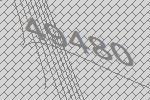
49480